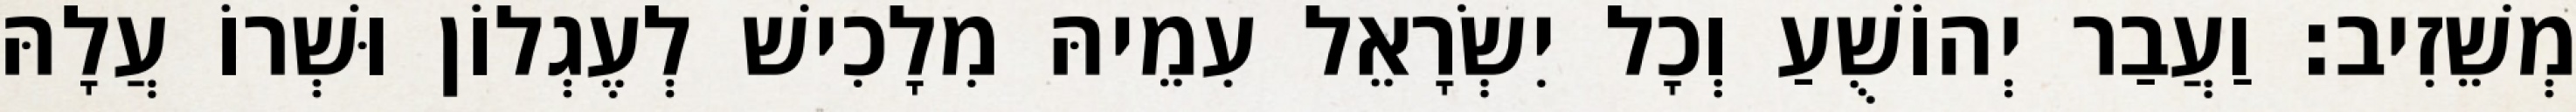
מְשֵׁזִיב׃ וַעֲבַר יְהוֹשֻׁעַ וְכָל יִשְׂרָאֵל עִמֵיהּ מִלָכִישׁ לְעֶגְלוֹן וּשְׁרוֹ עֲלָהּ